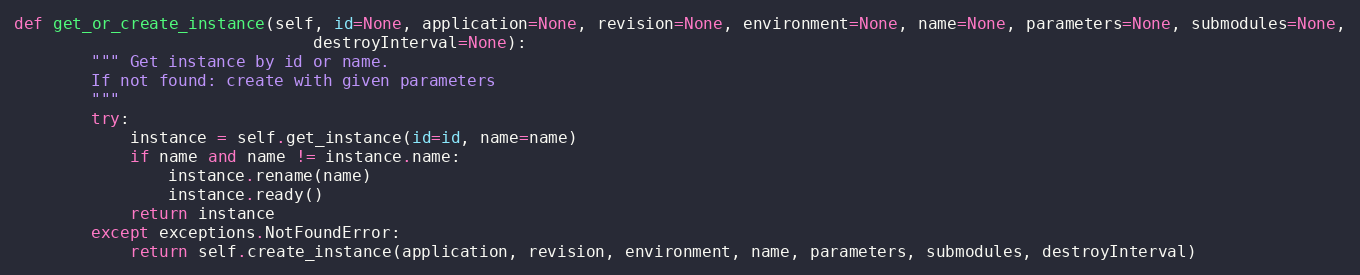
Language: Python
def get_or_create_instance(self, id=None, application=None, revision=None, environment=None, name=None, parameters=None, submodules=None,
                               destroyInterval=None):
        """ Get instance by id or name.
        If not found: create with given parameters
        """
        try:
            instance = self.get_instance(id=id, name=name)
            if name and name != instance.name:
                instance.rename(name)
                instance.ready()
            return instance
        except exceptions.NotFoundError:
            return self.create_instance(application, revision, environment, name, parameters, submodules, destroyInterval)